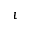
\imath